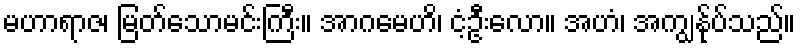
မဟာရာဇ၊ မြတ်သောမင်းကြီး။ အာဂမေဟိ၊ ငံ့ဦးလော။ အဟံ၊ အကျွန်ုပ်သည်။